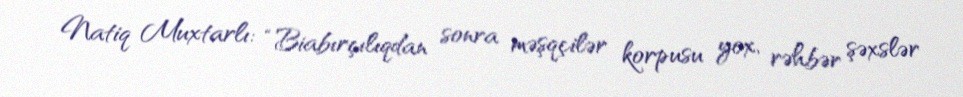
Natiq Muxtarlı: “Biabırçılıqdan sonra məşqçilər korpusu yox, rəhbər şəxslər